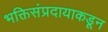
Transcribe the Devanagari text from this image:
भक्तिसंप्रदायाकडून